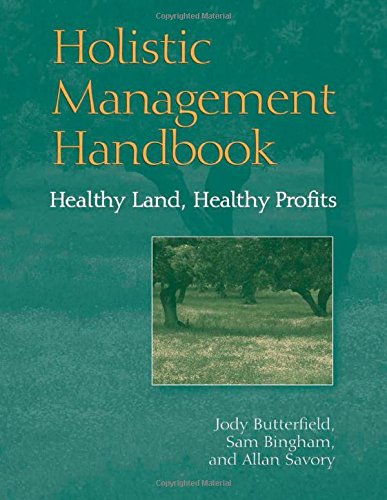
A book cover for Holistic Management Handbook: Healthy Land, Healthy Profits; Jody Butterfield; Science & Math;